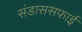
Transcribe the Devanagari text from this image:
संडाससफाई